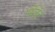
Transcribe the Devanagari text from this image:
मॅलॅट